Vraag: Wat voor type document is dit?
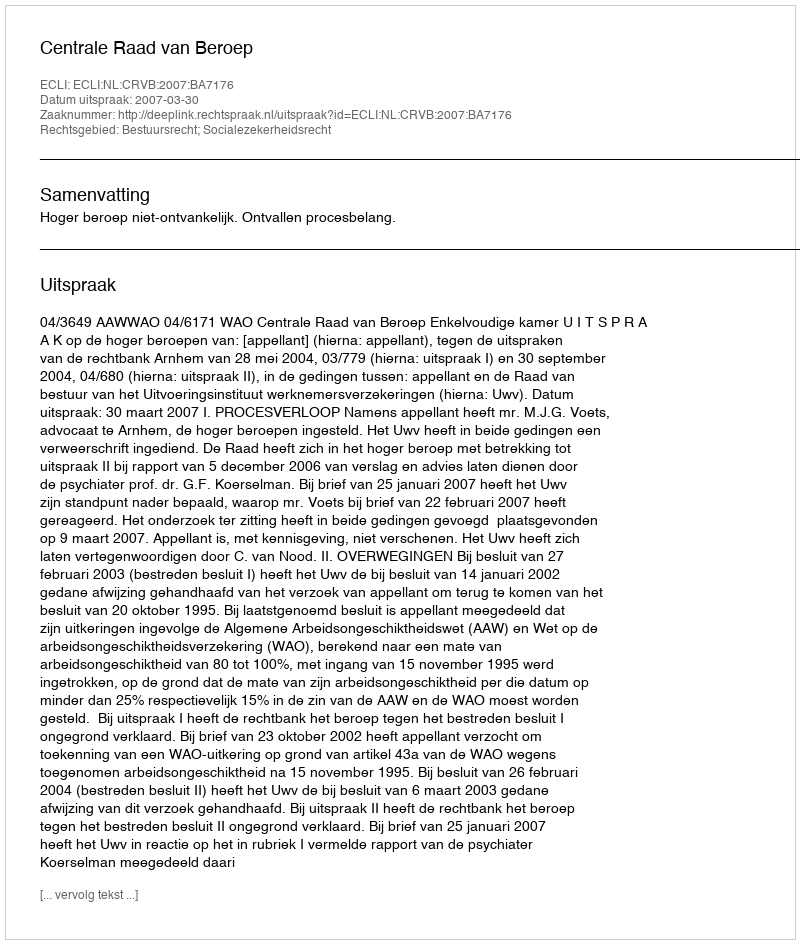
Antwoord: Uitspraak